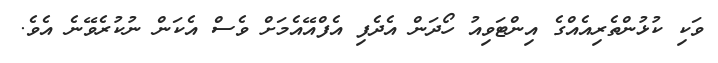
ވަކި ކުޅުންތެރިއެއްގެ އިންޓަވިއު ހޯދަން އެދެފި އެފްއޭއެމަށް ވެސް އެކަން ނުކުރެވޭނެ އެވެ.